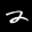
Label: 2